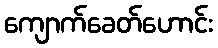
ကျောက်ခေတ်ဟောင်း